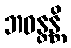
ဘဝန္တန္တိ